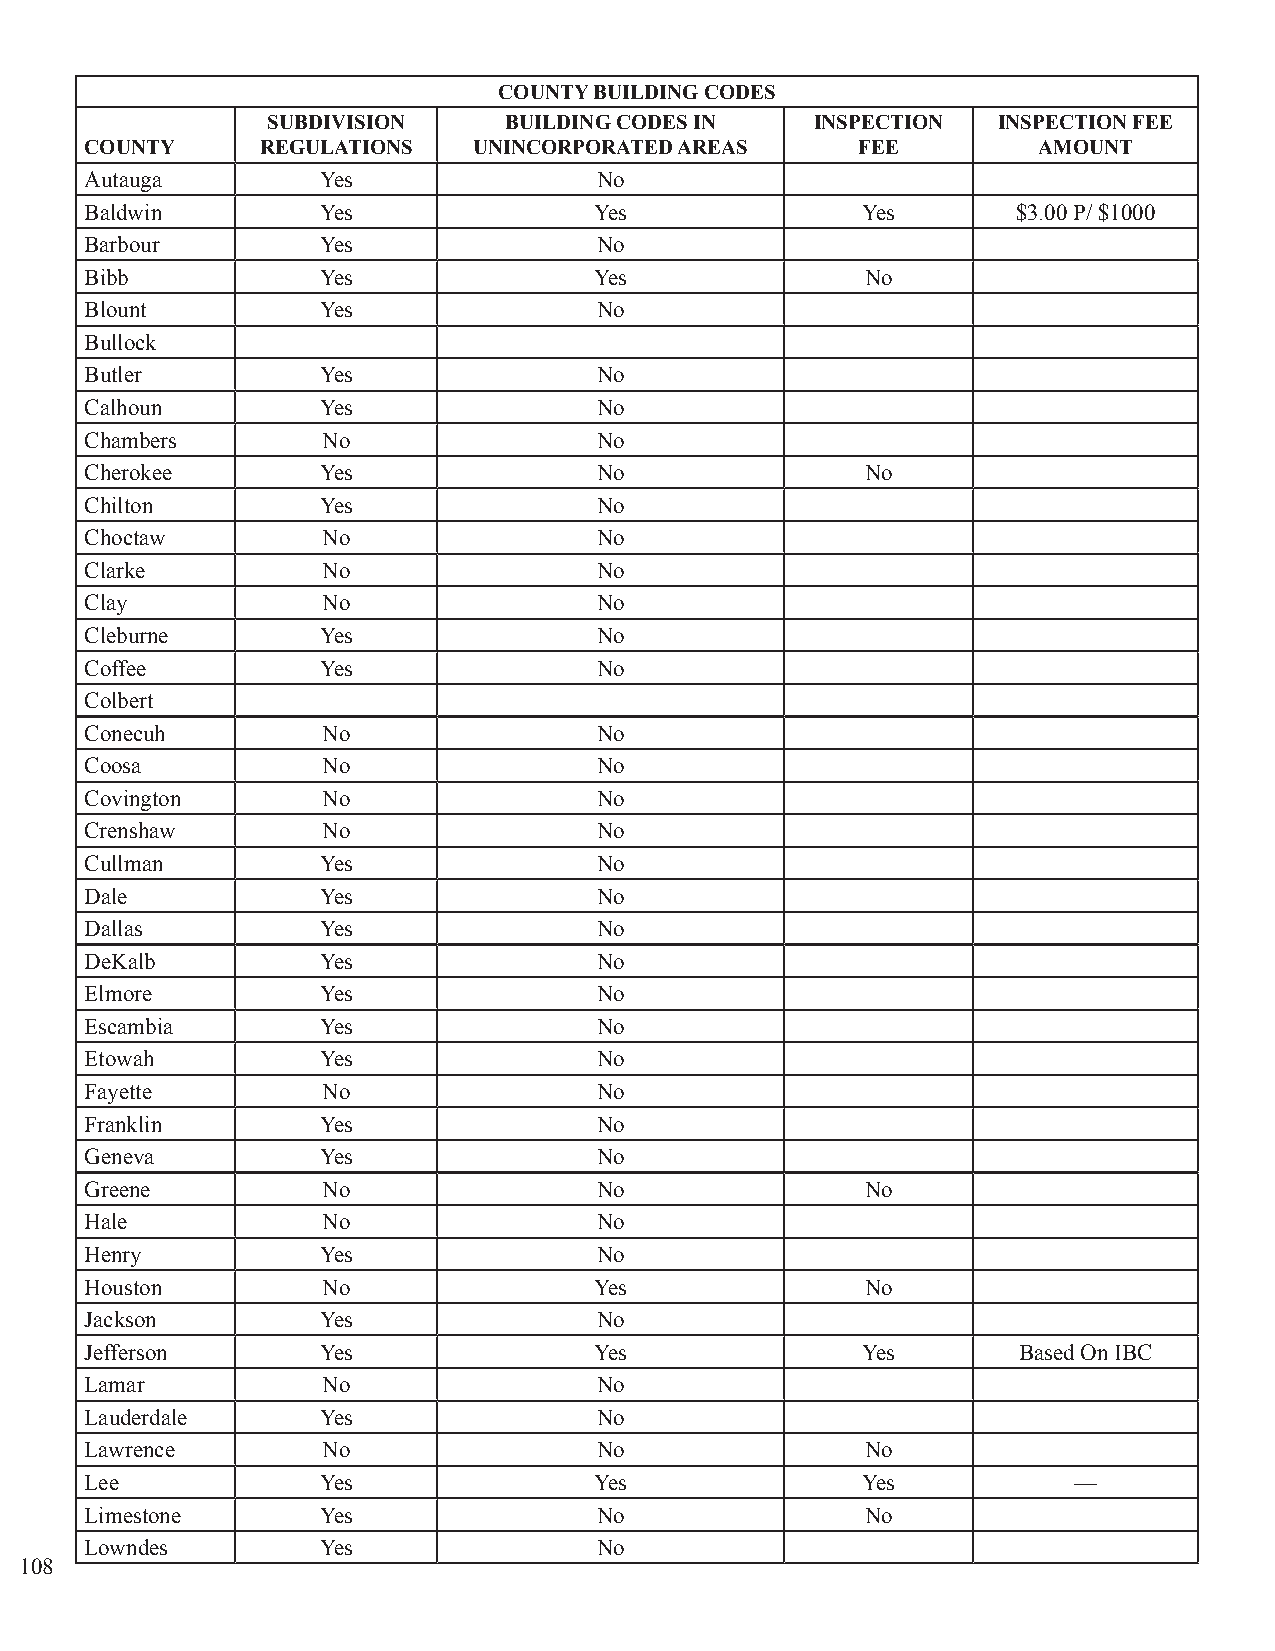
COUNTY BUILDING CODES
 SUBDIVISION    BUILDING CODES IN    INSPECTION  INSPECTION FEE
 COUNTY     REGULATIONS   UNINCORPORATED AREAS      FEE         AMOUNT
 Autauga        Yes                No
 Baldwin        Yes               Yes               Yes       $3.00 P/ $1000
 Barbour        Yes                No
 Bibb           Yes               Yes               No
 Blount         Yes                No
 Bullock
 Butler         Yes                No
 Calhoun        Yes                No
 Chambers       No                 No
 Cherokee       Yes                No               No
 Chilton        Yes                No
 Choctaw        No                 No
 Clarke         No                 No
 Clay           No                 No
 Cleburne       Yes                No
 Coffee         Yes                No
 Colbert
 Conecuh        No                 No
 Coosa          No                 No
 Covington      No                 No
 Crenshaw       No                 No
 Cullman        Yes                No
 Dale           Yes                No
 Dallas         Yes                No
 DeKalb         Yes                No
 Elmore         Yes                No
 Escambia       Yes                No
 Etowah         Yes                No
 Fayette        No                 No
 Franklin       Yes                No
 Geneva         Yes                No
 Greene         No                 No               No
 Hale           No                 No
 Henry          Yes                No
 Houston        No                Yes               No
 Jackson        Yes                No
 Jefferson      Yes               Yes               Yes       Based On IBC
 Lamar          No                 No
 Lauderdale     Yes                No
 Lawrence       No                 No               No
 Lee            Yes               Yes               Yes           —
 Limestone      Yes                No               No
 Lowndes        Yes                No
 108